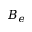
B _ { e }